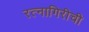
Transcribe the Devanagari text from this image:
रत्‍नागिरीची